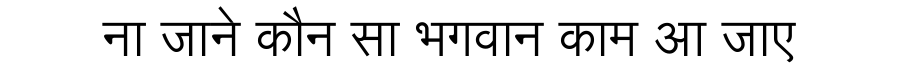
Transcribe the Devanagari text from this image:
ना जाने कौन सा भगवान काम आ जाए